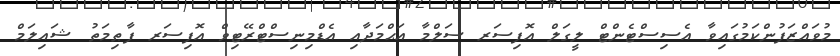
މުވައްޒަފުންކަމުގައިވާ އެސިސްޓެންޓް ލީގަލް އޮފިސަރ ސަލްމާ އަޙްމަދާއި އެޑްމިނިސްޓްރޭޓިވް އޮފިސަރ ފާޠިމަތު ޝައިލަމް